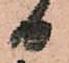
日